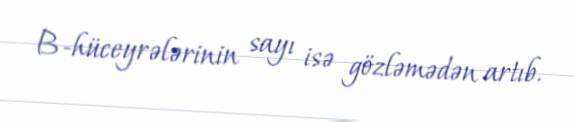
B-hüceyrələrinin sayı isə gözləmədən artıb.